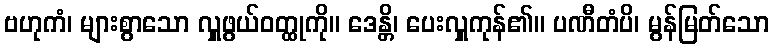
ဗဟုကံ၊ များစွာသော လှူဖွယ်ဝတ္ထုကို။ ဒေန္တိ၊ ပေးလှူကုန်၏။ ပဏီတံပိ၊ မွန်မြတ်သော